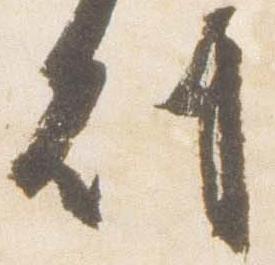
刻